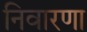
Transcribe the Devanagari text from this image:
निवारणा